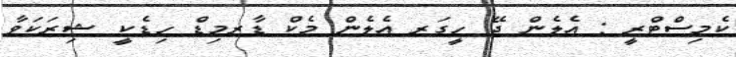
ކެމިސްޓްރީ : އެލެން ޖޭ ހީގަރ އެލެން މެކް ޑާރމިޑް ހިޑެކީ ޝިރަކަވާ